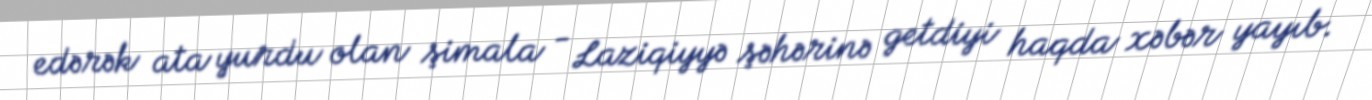
edərək ata yurdu olan şimala - Laziqiyyə şəhərinə getdiyi haqda xəbər yayıb.